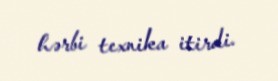
hərbi texnika itirdi.